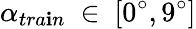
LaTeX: \alpha_{tra\mathbf{i}n}~\in~[0^{\circ},9^{\circ}]